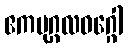
ဧကပုဂ္ဂလဝဂ္ဂေါ